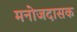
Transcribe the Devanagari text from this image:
मनोजदासक